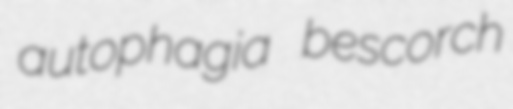
autophagia bescorch